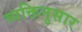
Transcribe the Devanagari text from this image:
व्यक्तिनुसार